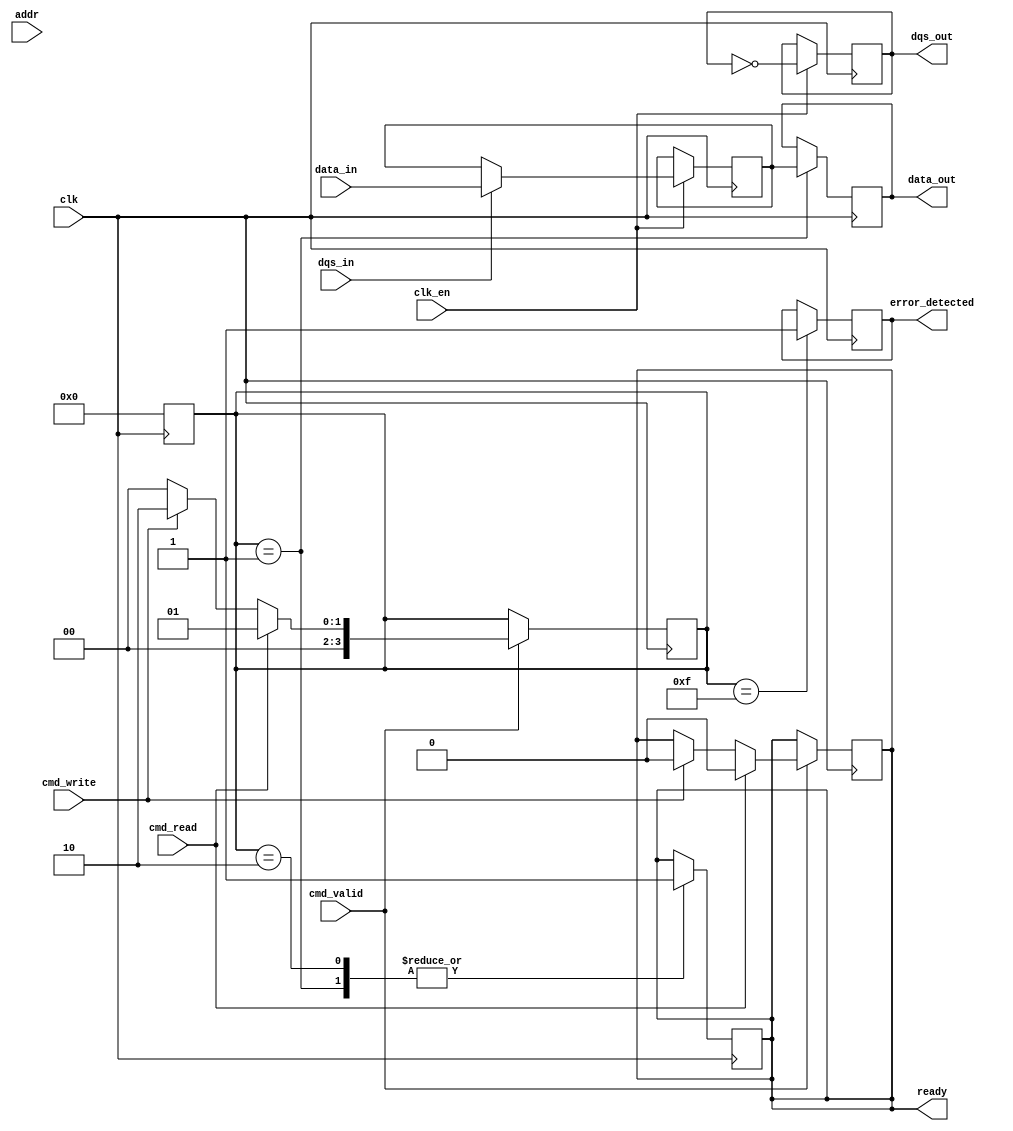
module gddr_io_block #(
    parameter DATA_WIDTH = 32, // Width of data bus (16, 32, 64 bits)
    parameter ADDR_WIDTH = 16   // Width of address bus
)(
    input wire clk,              // Clock signal
    input wire clk_en,           // Clock enable signal
    input wire [DATA_WIDTH-1:0] data_in, // Data input
    output reg [DATA_WIDTH-1:0] data_out, // Data output
    input wire dqs_in,           // Data Strobe input
    output reg dqs_out,          // Data Strobe output
    input wire [ADDR_WIDTH-1:0] addr, // Address input
    input wire cmd_valid,        // Command valid signal
    input wire cmd_read,         // Read command signal
    input wire cmd_write,        // Write command signal
    output reg ready,            // Ready signal
    output reg error_detected    // Error detection signal
);

    // Internal signals
    reg [DATA_WIDTH-1:0] data_buffer; // Buffer for data
    reg [3:0] state; // State machine for command processing

    // State machine states
    localparam IDLE = 4'b0000,
               READ = 4'b0001,
               WRITE = 4'b0010,
               ERROR = 4'b1111;

    // Clock management with gating
    always @(posedge clk) begin
        if (clk_en) begin
            // Data sampling on DQS edge
            if (dqs_in) begin
                data_buffer <= data_in; // Sample data on DQS rising edge
            end
            dqs_out <= !dqs_out; // Toggle DQS output for timing
        end
    end

    // Command processing
    always @(posedge clk) begin
        if (cmd_valid) begin
            case (1'b1)
                cmd_read: begin
                    state <= READ;
                    ready <= 1'b0; // Not ready until operation is complete
                end
                cmd_write: begin
                    state <= WRITE;
                    ready <= 1'b0; // Not ready until operation is complete
                end
                default: begin
                    state <= IDLE;
                end
            endcase
        end
    end

    // Data transfer based on command
    always @(posedge clk) begin
        case (state)
            READ: begin
                data_out <= data_buffer; // Output data on read command
                ready <= 1'b1; // Set ready after data transfer
                state <= IDLE; // Return to idle state
            end
            WRITE: begin
                // Assume data_out is written to GDDR in actual implementation
                ready <= 1'b1; // Set ready after data transfer
                state <= IDLE; // Return to idle state
            end
            ERROR: begin
                error_detected <= 1'b1; // Indicate error
                state <= IDLE; // Return to idle state
            end
            default: begin
                state <= IDLE; // Default state
            end
        endcase
    end

    // Additional logic for error detection, power management, etc., can be added here.

endmodule